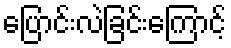
ပြောင်းလဲခြင်းကြောင့်